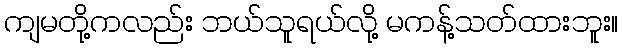
ကျမတို့ကလည်း ဘယ်သူရယ်လို့ မကန့်သတ်ထားဘူး။